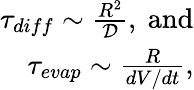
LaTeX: \begin{array}{r}{\tau_{diff}\sim\frac{R^{2}}{\cal D},~\mathrm{and}}\\ {\tau_{evap}\sim\frac{R}{{dV}/dt},}\end{array}